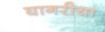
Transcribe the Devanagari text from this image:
घागरीया